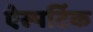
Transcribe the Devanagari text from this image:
ऐस्पर्टिक